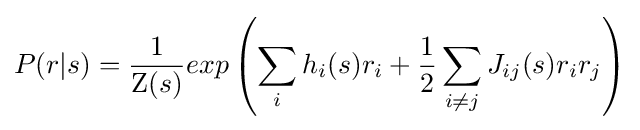
P(r|s)={\frac {1}{\mathrm {Z} (s)}}exp\left(\sum _{i}h_{i}(s)r_{i}+{\frac {1}{2}}\sum _{i\neq j}J_{ij}(s)r_{i}r_{j}\right)